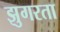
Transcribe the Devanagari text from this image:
झुगरता